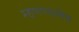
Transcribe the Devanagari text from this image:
म्हणण्यानेच